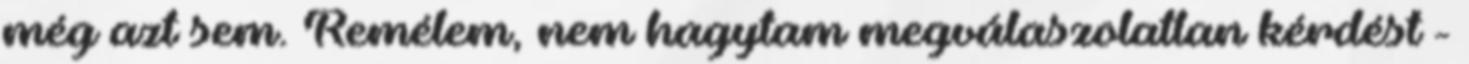
még azt sem. Remélem, nem hagytam megválaszolatlan kérdést -